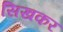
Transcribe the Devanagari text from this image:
सिखकर